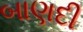
બાણદી